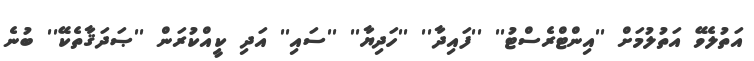
އަތުލެވޭ އަތުލުމަށް ''އިންޓްރެސްޓު'' ''ފައިދާ'' ''ހަދިޔާ'' ''ސައި'' އަދި ކީއްކުރަން ''ޞަދަޤާތެކޭ'' ބުނެ